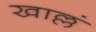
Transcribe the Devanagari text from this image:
खाल्लं